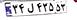
۳۴ل۴۳۵۵۳